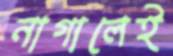
নাগালেই